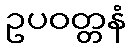
ဥပဝတ္တနံ